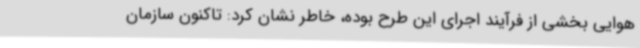
هوایی بخشی از فرآیند اجرای این طرح بوده، خاطر نشان کرد: تاکنون سازمان